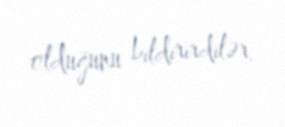
olduğunu bildirirdilər.